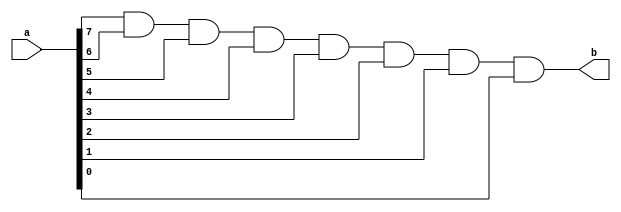
module and8(
  a,
  b);

input wire [7:0] a;
output wire b;

assign b = a[7] & a[6] & a[5] & a[4] & a[3] & a[2] & a[1] & a[0];

endmodule